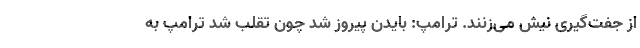
از جفت‌گیری نیش می‌زنند. ترامپ: بایدن پیروز شد چون تقلب شد ترامپ به